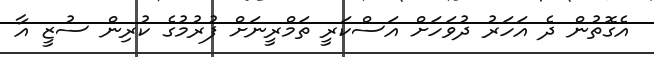
އެގޮތުން ދެ އަހަރު ދުވަހަށް އަސްކަރީ ތަމްރީނަށް ފުރުމުގެ ކުރިން ސުޒީ އާ